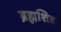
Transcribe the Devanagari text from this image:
ब्रह्मशिव